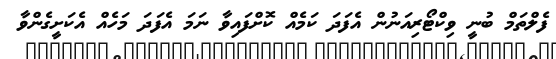
ފެލްތަމް ބުނީ ވިކްޓޯރިއަނުން އެފަދަ ކަމެއް ކޮށްފައިވާ ނަމަ އެފަދަ މަހެއް އެކަށީގެންވާ